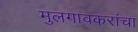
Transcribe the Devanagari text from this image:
मुलगावकरांचा